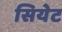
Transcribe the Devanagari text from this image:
सियेट